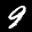
Label: 9